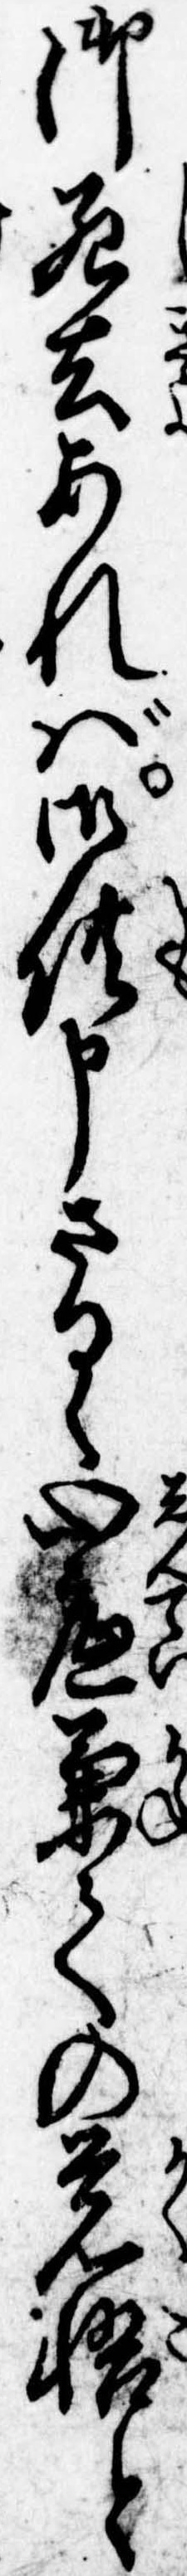
御死去あれば御供申さるゝ心底兼ての覚悟と